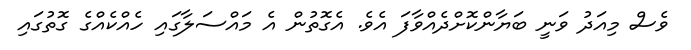
ވެސް މިއަދު ވަނީ ބަޔާންކޮށްދެއްވާފަ އެވެ. އެގޮތުން އެ މައްސަލާގައި ހެއްކެއްގެ ގޮތުގައި